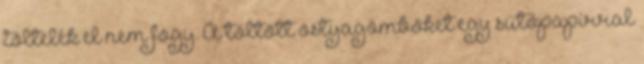
töltelék el nem fogy. A töltött ostyagömböket egy sütőpapírral